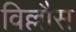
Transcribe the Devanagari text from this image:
विल्लौस